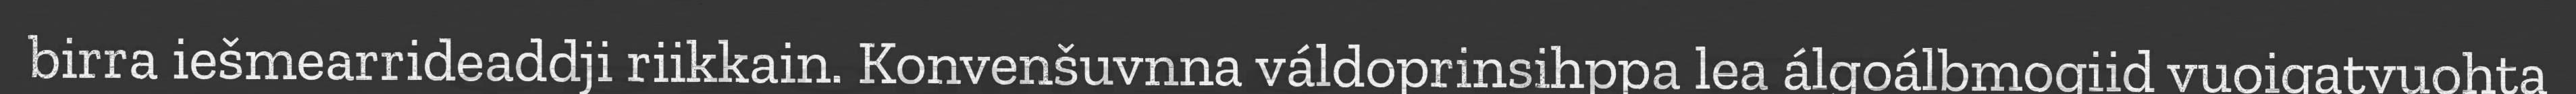
birra iešmearrideaddji riikkain. Konvenšuvnna váldoprinsihppa lea álgoálbmogiid vuoigatvuohta